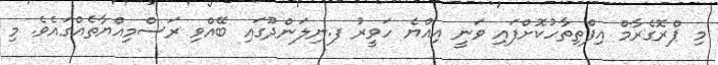
މި ޕްރޮގެރާމް އިފްތިތާހުކޮށްފައި ވަނީ އިއްޔެ ހަވީރު ފ.ނިލަންދޫގައި ބޭއްވި ރަސްމިއްޔާތެއްގައެވެ. މި